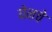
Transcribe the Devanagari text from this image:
येनचे